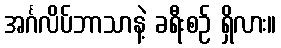
အင်္ဂလိပ်ဘာသာနဲ့ ခရီးစဉ် ရှိလား။